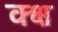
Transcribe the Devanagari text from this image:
क्क्ष